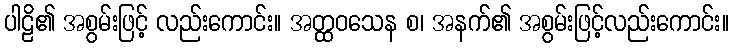
ပါဠိ၏ အစွမ်းဖြင့် လည်းကောင်း။ အတ္ထဝသေန စ၊ အနက်၏ အစွမ်းဖြင့်လည်းကောင်း။